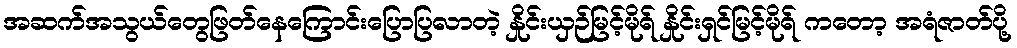
အဆက်အသွယ်တွေဖြတ်နေကြောင်းပြောပြလာတဲ့ နှိုင်းယှဉ်မြင့်မိုရ် နှိုင်းရှင်မြင့်မိုရ် ကတော့ အရံဇာတ်ပို့